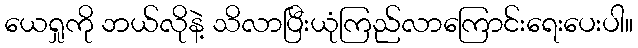
ယေရှုကို ဘယ်လိုနဲ့ သိလာပြီးယုံကြည်လာကြောင်းရေးပေးပါ။